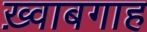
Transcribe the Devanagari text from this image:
ख़्वाबगाह